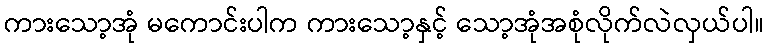
ကားသော့အုံ မကောင်းပါက ကားသော့နှင့် သော့အုံအစုံလိုက်လဲလှယ်ပါ။